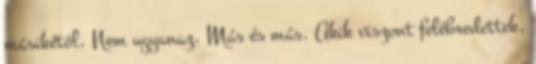
másikétól. Nem ugyanaz. Más és más. Akik viszont felébredettek,